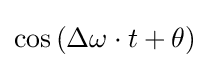
\cos \left(\Delta \omega \cdot t+\theta \right)